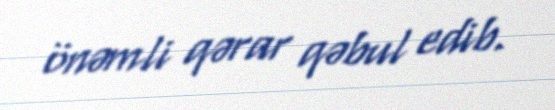
önəmli qərar qəbul edib.